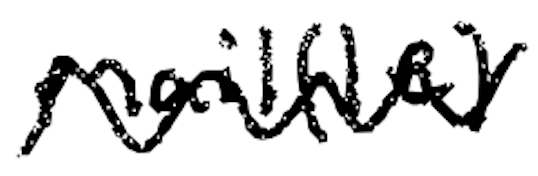
Text: mail(le)
Cross-out: zig-zag
Writing tool: digital_black